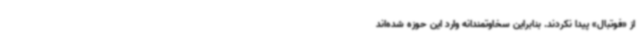
از «فوتبال» پیدا نکردند. بنابراین سخاوتمندانه وارد این حوزه شده‌اند